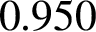
0 . 9 5 0